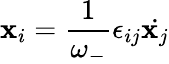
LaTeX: \mathbf{x}_{i}=\frac{{1}}{{\omega_{-}}}\epsilon_{ij}{\dot{{\mathbf{x}_{j}}}}